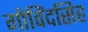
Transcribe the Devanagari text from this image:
गोविंदसिह